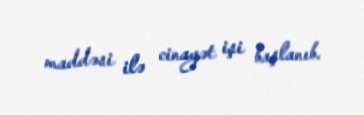
maddəsi ilə cinayət işi başlanıb.